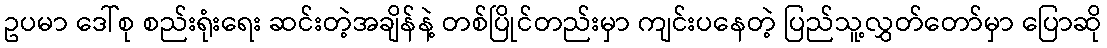
ဥပမာ ဒေါ်စု စည်းရုံးရေး ဆင်းတဲ့အချိန်နဲ့ တစ်ပြိုင်တည်းမှာ ကျင်းပနေတဲ့ ပြည်သူ့လွှတ်တော်မှာ ပြောဆို